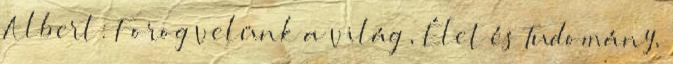
Albert: Forog velünk a világ , Élet és Tudomány,